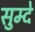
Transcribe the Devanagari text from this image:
सुम्दे